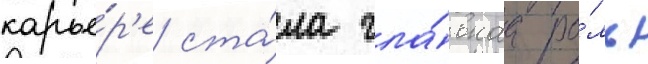
карье́р'е ста́ла гла́внаа ро́ль